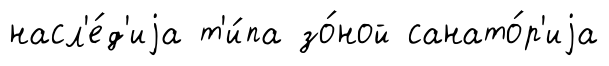
насл'е́д'иjа т'и́па зо́ной санато́р'иjа